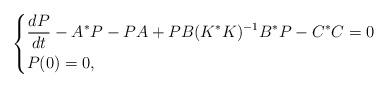
LaTeX: \begin{align*}\addtolength{\jot}{5pt}\left\{\begin{alignedat}{2}&\frac{dP}{dt}-A^*P-PA+PB(K^*K)^{-1}B^*P-C^*C=0\\&P(0)=0,\end{alignedat}\right.\end{align*}